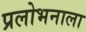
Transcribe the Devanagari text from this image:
प्रलोभनाला